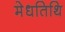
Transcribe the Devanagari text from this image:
मेधतिथि